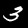
Label: 3